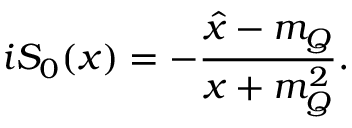
i S _ { 0 } ( x ) = - { \frac { \hat { x } - m _ { Q } } { x + m _ { Q } ^ { 2 } } } .